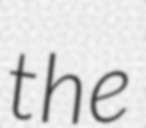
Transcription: the